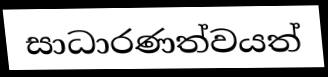
සාධාරණත්වයත්